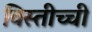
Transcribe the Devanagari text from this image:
विस्तीच्ची